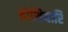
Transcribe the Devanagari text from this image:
होशियारि